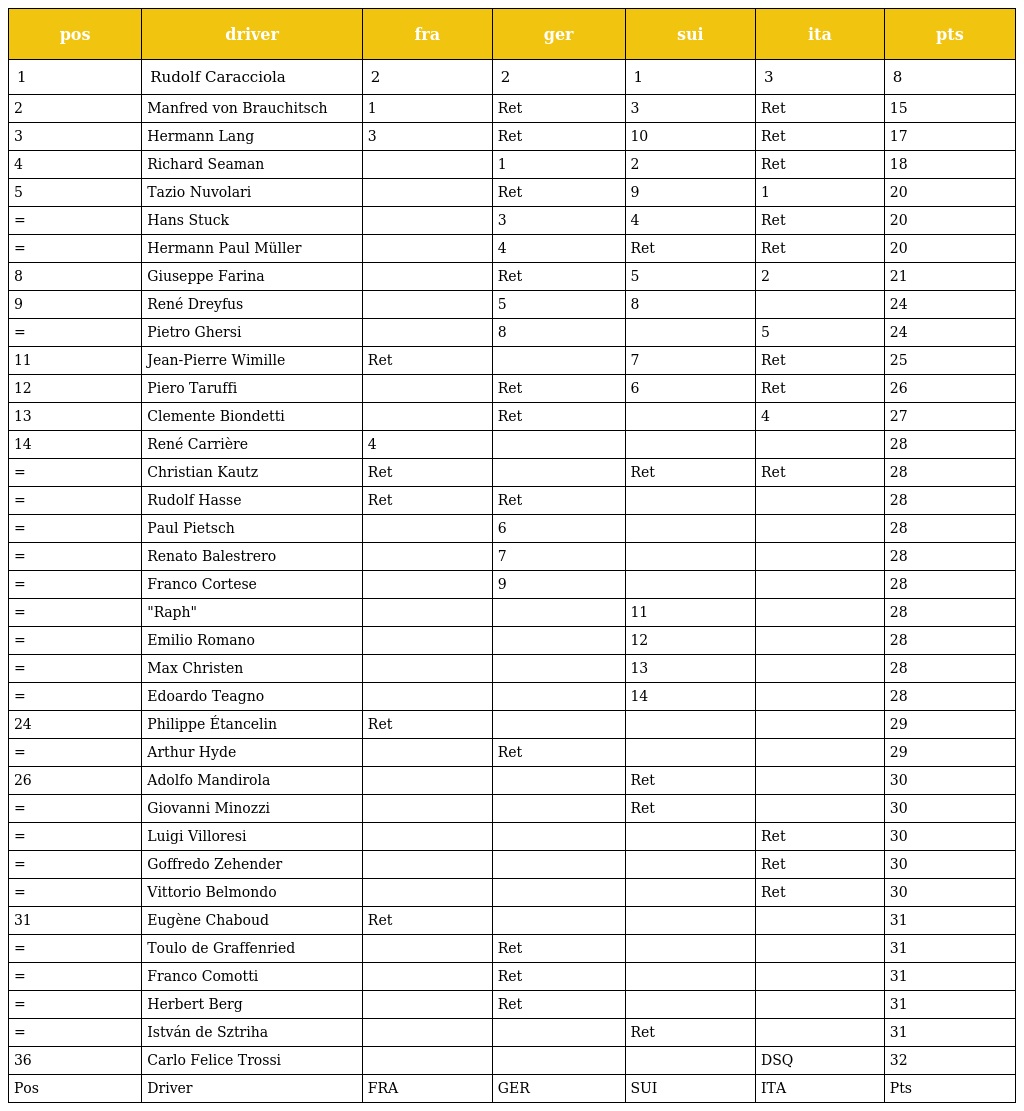
| pos | driver | fra | ger | sui | ita | pts |
 | --- | --- | --- | --- | --- | --- | --- |
 | 1 | Rudolf Caracciola | 2 | 2 | 1 | 3 | 8 |
 | 2 | Manfred von Brauchitsch | 1 | Ret | 3 | Ret | 15 |
 | 3 | Hermann Lang | 3 | Ret | 10 | Ret | 17 |
 | 4 | Richard Seaman |  | 1 | 2 | Ret | 18 |
 | 5 | Tazio Nuvolari |  | Ret | 9 | 1 | 20 |
 | = | Hans Stuck |  | 3 | 4 | Ret | 20 |
 | = | Hermann Paul Müller |  | 4 | Ret | Ret | 20 |
 | 8 | Giuseppe Farina |  | Ret | 5 | 2 | 21 |
 | 9 | René Dreyfus |  | 5 | 8 |  | 24 |
 | = | Pietro Ghersi |  | 8 |  | 5 | 24 |
 | 11 | Jean-Pierre Wimille | Ret |  | 7 | Ret | 25 |
 | 12 | Piero Taruffi |  | Ret | 6 | Ret | 26 |
 | 13 | Clemente Biondetti |  | Ret |  | 4 | 27 |
 | 14 | René Carrière | 4 |  |  |  | 28 |
 | = | Christian Kautz | Ret |  | Ret | Ret | 28 |
 | = | Rudolf Hasse | Ret | Ret |  |  | 28 |
 | = | Paul Pietsch |  | 6 |  |  | 28 |
 | = | Renato Balestrero |  | 7 |  |  | 28 |
 | = | Franco Cortese |  | 9 |  |  | 28 |
 | = | "Raph" |  |  | 11 |  | 28 |
 | = | Emilio Romano |  |  | 12 |  | 28 |
 | = | Max Christen |  |  | 13 |  | 28 |
 | = | Edoardo Teagno |  |  | 14 |  | 28 |
 | 24 | Philippe Étancelin | Ret |  |  |  | 29 |
 | = | Arthur Hyde |  | Ret |  |  | 29 |
 | 26 | Adolfo Mandirola |  |  | Ret |  | 30 |
 | = | Giovanni Minozzi |  |  | Ret |  | 30 |
 | = | Luigi Villoresi |  |  |  | Ret | 30 |
 | = | Goffredo Zehender |  |  |  | Ret | 30 |
 | = | Vittorio Belmondo |  |  |  | Ret | 30 |
 | 31 | Eugène Chaboud | Ret |  |  |  | 31 |
 | = | Toulo de Graffenried |  | Ret |  |  | 31 |
 | = | Franco Comotti |  | Ret |  |  | 31 |
 | = | Herbert Berg |  | Ret |  |  | 31 |
 | = | István de Sztriha |  |  | Ret |  | 31 |
 | 36 | Carlo Felice Trossi |  |  |  | DSQ | 32 |
 | Pos | Driver | FRA | GER | SUI | ITA | Pts |